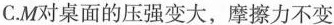
C.M对桌面的压强变大，摩擦力不变